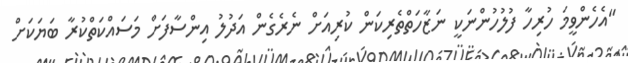
"އެހެންވީމަ ހުރިހާ ފުލުހުންނަކީ ނަޒާހަތްތެރިކަން ކުރިއަށް ނެރެގެން އަދުލު އިންސާފަށް މަސައްކަތްކުރާ ބަޔަކަށް